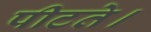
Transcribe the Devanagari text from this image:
पीटते।